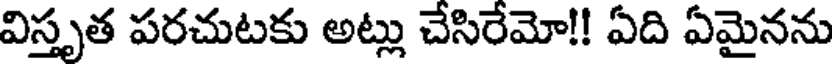
విస్తృత పరచుటకు అట్లు చేసిరేమో!! ఏది ఏమైనను